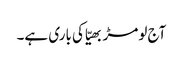
آج لومڑ بھیّا کی باری ہے۔